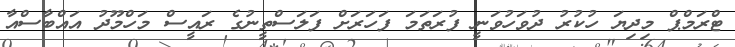
ޓްރަމްޕް މިދިޔަ ހުކުރު ދުވަހުވަނީ ފުރަތަމަ ފަހަރަށް ފަލަސްތީނުގެ ރައީސް މަހްމޫދު އައްބާސްއާ